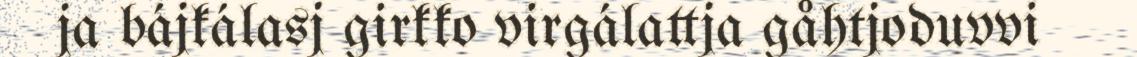
ja bájkálasj girkko virgálattja gåhtjoduvvi